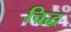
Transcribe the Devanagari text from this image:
चिद्ध